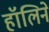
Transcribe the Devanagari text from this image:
हॉलिने